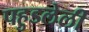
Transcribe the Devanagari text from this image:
पहुडलेली